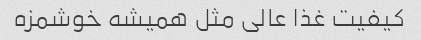
کیفیت غذا عالی مثل همیشه خوشمزه